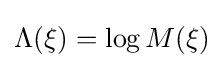
\Lambda (\xi )=\log M(\xi )